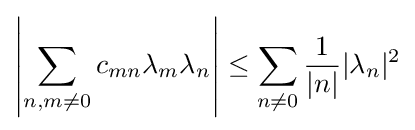
\left|\sum _{n,m\neq 0}c_{mn}\lambda _{m}\lambda _{n}\right|\leq \sum _{n\neq 0}{\frac {1}{|n|}}|\lambda _{n}|^{2}